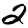
Digit: 2